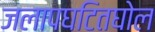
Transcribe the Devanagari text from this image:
जलापघटितघोल